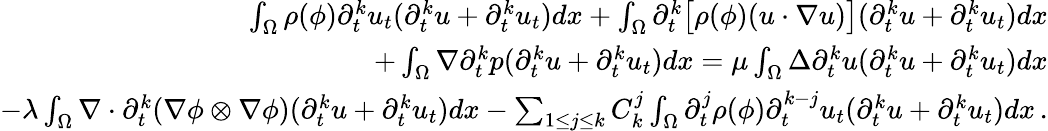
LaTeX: \begin{array}{r}{\int_{\Omega}\rho(\phi)\partial_{t}^{k}u_{t}(\partial_{t}^{k}u+\partial_{t}^{k}u_{t})dx+\int_{\Omega}\partial_{t}^{k}\big[\rho(\phi)(u\cdot\nabla u)\big](\partial_{t}^{k}u+\partial_{t}^{k}u_{t})dx}\\ {+\int_{\Omega}\nabla\partial_{t}^{k}p(\partial_{t}^{k}u+\partial_{t}^{k}u_{t})dx=\mu\int_{\Omega}\Delta\partial_{t}^{k}u(\partial_{t}^{k}u+\partial_{t}^{k}u_{t})dx}\\ {-\lambda\int_{\Omega}\nabla\cdot\partial_{t}^{k}(\nabla\phi\otimes\nabla\phi)(\partial_{t}^{k}u+\partial_{t}^{k}u_{t})dx-\sum_{1\leq j\leq k}C_{k}^{j}\int_{\Omega}\partial_{t}^{j}\rho(\phi)\partial_{t}^{k-j}u_{t}(\partial_{t}^{k}u+\partial_{t}^{k}u_{t})dx\, .}\end{array}